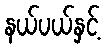
နယ်ပယ်နှင့်